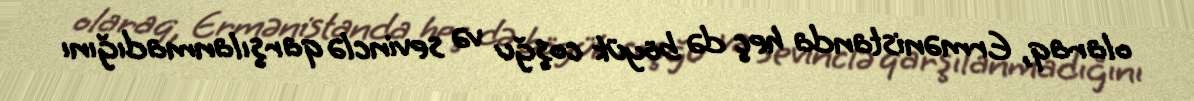
olaraq, Ermənistanda heç də böyük coşğu və sevinclə qarşılanmadığını